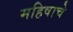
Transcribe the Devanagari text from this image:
महिषाचे